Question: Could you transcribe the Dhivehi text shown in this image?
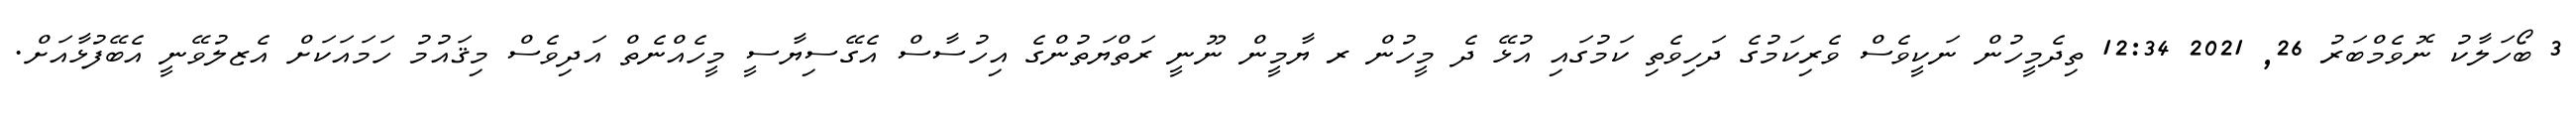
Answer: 3 ބޯހަލާކު ނޮވެމްބަރު 26, 2021 12:34 ތިދެމީހުން ނަކީވެސް ވެރިކަމުގެ ދަހިވެތި ކަމުގައި އުޅޭ ދެ މީހުން ރ ޔާމީން ނޫނީ ރަތްޔަތުންގެ އިހުސާސް އެގޭސިޔާސީ މީހެއްނެތް އަދިވެސް މިޤައުމު ހަމައަކަށް އެޒލުވޭނީ އެބޭފުޅާއަށް.